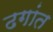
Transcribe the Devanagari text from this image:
ढगांत